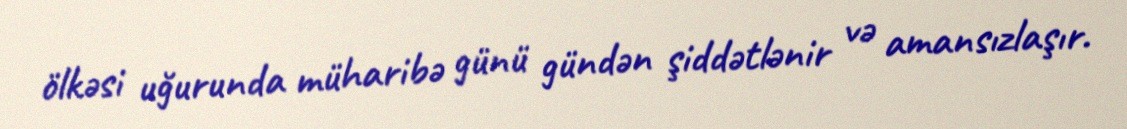
ölkəsi uğurunda müharibə günü gündən şiddətlənir və amansızlaşır.